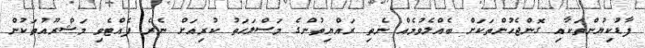
ފާޑުކިޔުންތަކާއި ގޮންޖެހުންތަކަށް ބެއްލެވުމެއް ނެތި ރައްޔިތުންގެ މަސްލަހަތު ކުރިއަށް ނެރެ ފެއްޓެވި މަޝްރޫއުތަކުން